Vaccination in Burma 1900-1911 - 1900-1911
Year: 1900
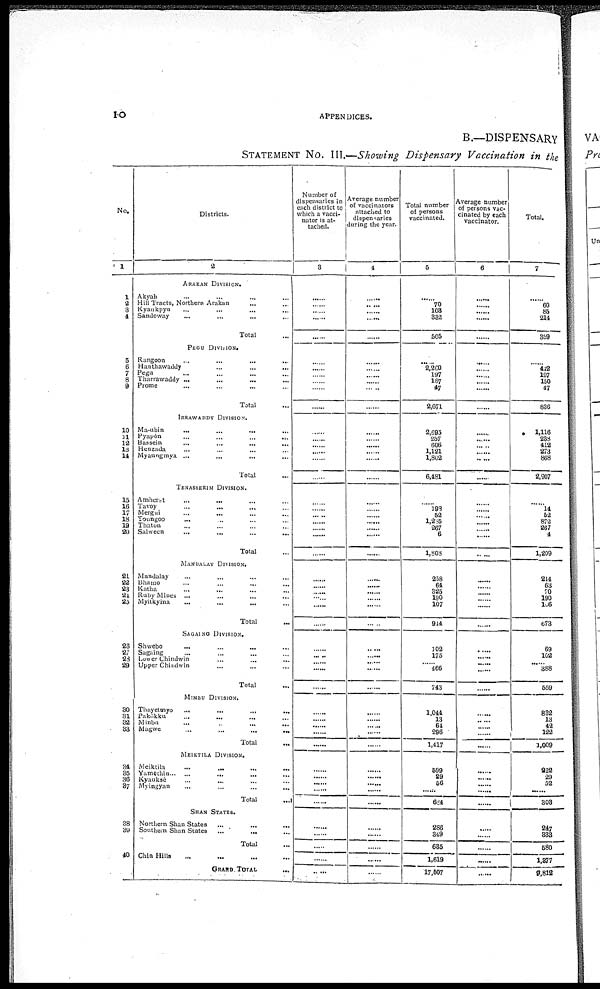
10
APPENDICES.
B.—DISPENSARY
STATEMENT NO. III.—Showing Dispensary Vaccination in the
No.
1
1
2
3
4
5
6
7
8
9
10
11
12
13
14
15
16
17
18
19
20
21
22
23
24
25
26
27
28
29
30
31
32
33
34
35
36
37
38
39
40
Districts.
2
ARAKAN DIVISION.
Akyab ... ... ... ...
Hill Tracts, Northern Arakan ... ...
Kyaukpyu ... ... ... ...
Sandoway ... ... ... ...
Total ...
PEGU DIVISION.
Rangoon
...
...
...
Hanthawaddy
...
...
...
Pegu ... ... ... ...
Tharrawaddy ...
...
...
...
Prome ... ... ... ...
Total ...
IRRAWADDY DIVISION
Ma-ubin
...
...
...
...
Pyapôn
...
...
...
...
Bassein ... ... ... ...
Henzada ... ... ... ...
Myaungmya ...
Total
TENASSERIM DIVISION.
Amherst
...
... ... ...
Tavoy ... ... ... ...
Mergui
...
...
...
...
Toungoo
... ... ... ...
Thatôn
...
...
...
...
Salween
...
...
...
...
Total
MANUALAY DIVISION.
Mandalay ... ... ... ...
Bhamo ... ... ... ...
Katha ... ... ... ...
Ruby Mines ... ... ...
Myitkyina ... ... ... ...
Total ...
SAGAING DIVISION.
Shwebo ... ... ...
Sagaing ... ... ...
Lower Chindwin
...
...
...
Upper Chindwin
...
Total ...
MINBU DIVISION.
Thayetomyo
...
...
...
...
Pakôkku ... ... ... ... ...
Minbu
...
...
...
Magwe
...
...
...
...
Total ...
MEIKTILA DIVISION.
Meiktila
...
...
...
...
Yamèthin ... ... ... ...
Kyauksè
...
... ... ...
Myingyan ... ... ... ...
Total ...
SHAN STATES.
Northern Shan States
Southern Shan States
Total ...
Chin Hills ...
GRAND TOTAL
...
Number of
dispensaries in
each district to
which a vacci-
nator is at-
tached.
3
......
......
......
......
......
......
......
......
......
......
......
......
......
......
......
......
......
...... ......
......
......
......
......
......
...... ...... ......
......
......
......
......
......
......
......
......
......
......
......
......
......
...... ......
......
......
......
......
......
......
Average number
of vaccinators
attached to
dispensaries
during the year.
4
......
......
......
......
......
......
......
...... ......
......
......
......
......
......
......
......
......
......
......
...... ......
......
......
......
......
......
......
......
......
......
......
......
......
......
......
......
......
......
......
......
......
......
......
......
......
......
......
......
......
......
Total number
of persons
vaccinated.
5
...
70
103
332
505
......
2,260
197
167
47
2,671
2,693
257
606
1,121
1,802
6,481
......
193
52
1,235
267
6
1,803
258
64
325
190
107
914
102
175
...... 466
743
1,044
13
64
296
1,417
599
29
56
......
684
286
849
635
1,619
17,507
Average number
of persons vac-
cinated by each
vaccinator.
6
...
...... ......
......
......
......
......
......
......
......
......
......
......
......
...... ......
......
......
......
...... ......
......
......
......
......
......
......
......
......
......
......
......
......
......
......
......
.....
......
......
......
......
...... ......
......
......
......
......
......
......
......
Total.
7
...
60
85
214
859
......
442
197
150
47
836
1,116
238
412
273
868
2,907
......
14
52
872
267
4
1,209
214
63
70
190
106
673
69
102
...... 388
559
832
13
42
122
1,009
222
29
52
......
308
247
333
580
1,877
9,812